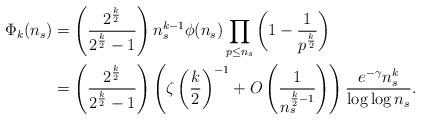
LaTeX: \begin{align*}\Phi_k(n_s)&= \left( \frac{2^{\frac{k}{2}} }{2^{\frac{k}{2}}-1}\right)n_s^{k-1}\phi(n_s)\prod_{p \leq n_s} \left(1-\frac{1}{p^{\frac{k}{2}}}\right)\\&= \left( \frac{2^{\frac{k}{2}} }{2^{\frac{k}{2}}-1}\right)\left( \zeta\left(\frac{k}{2}\right)^{-1} +O\left(\frac{1}{n_s^{\frac{k}{2}-1}} \right)\right) \frac{e^{-\gamma} n_s^k}{\log\log n_s}.\end{align*}